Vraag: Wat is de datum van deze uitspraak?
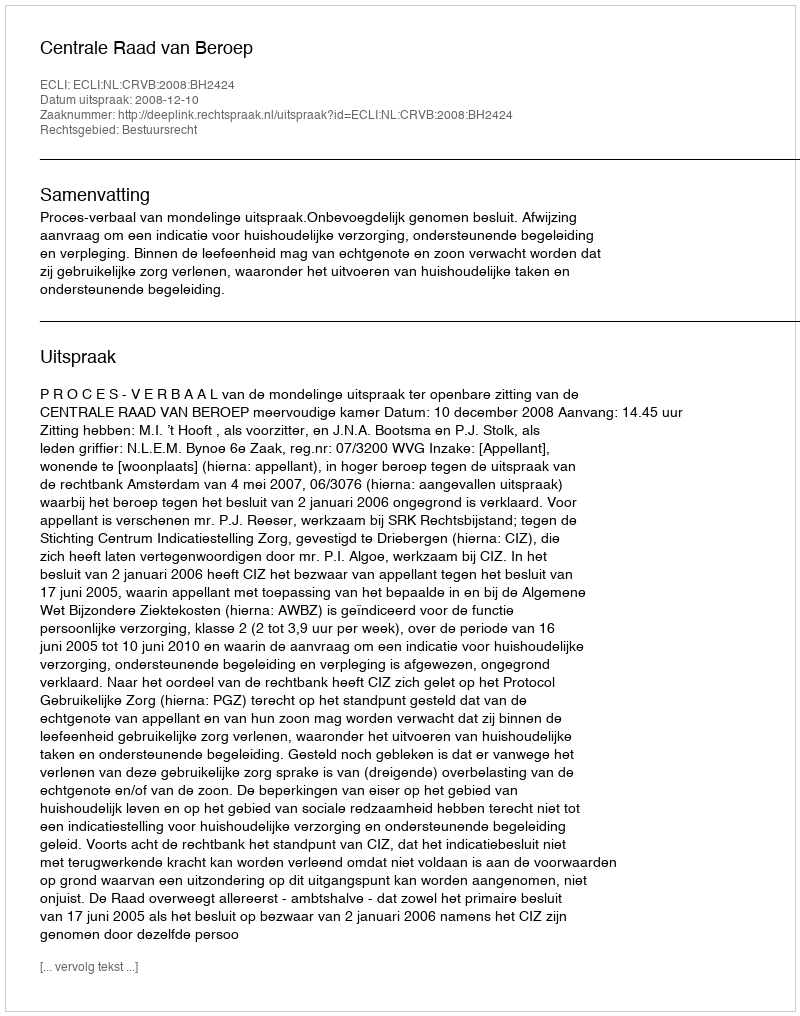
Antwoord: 2008-12-10